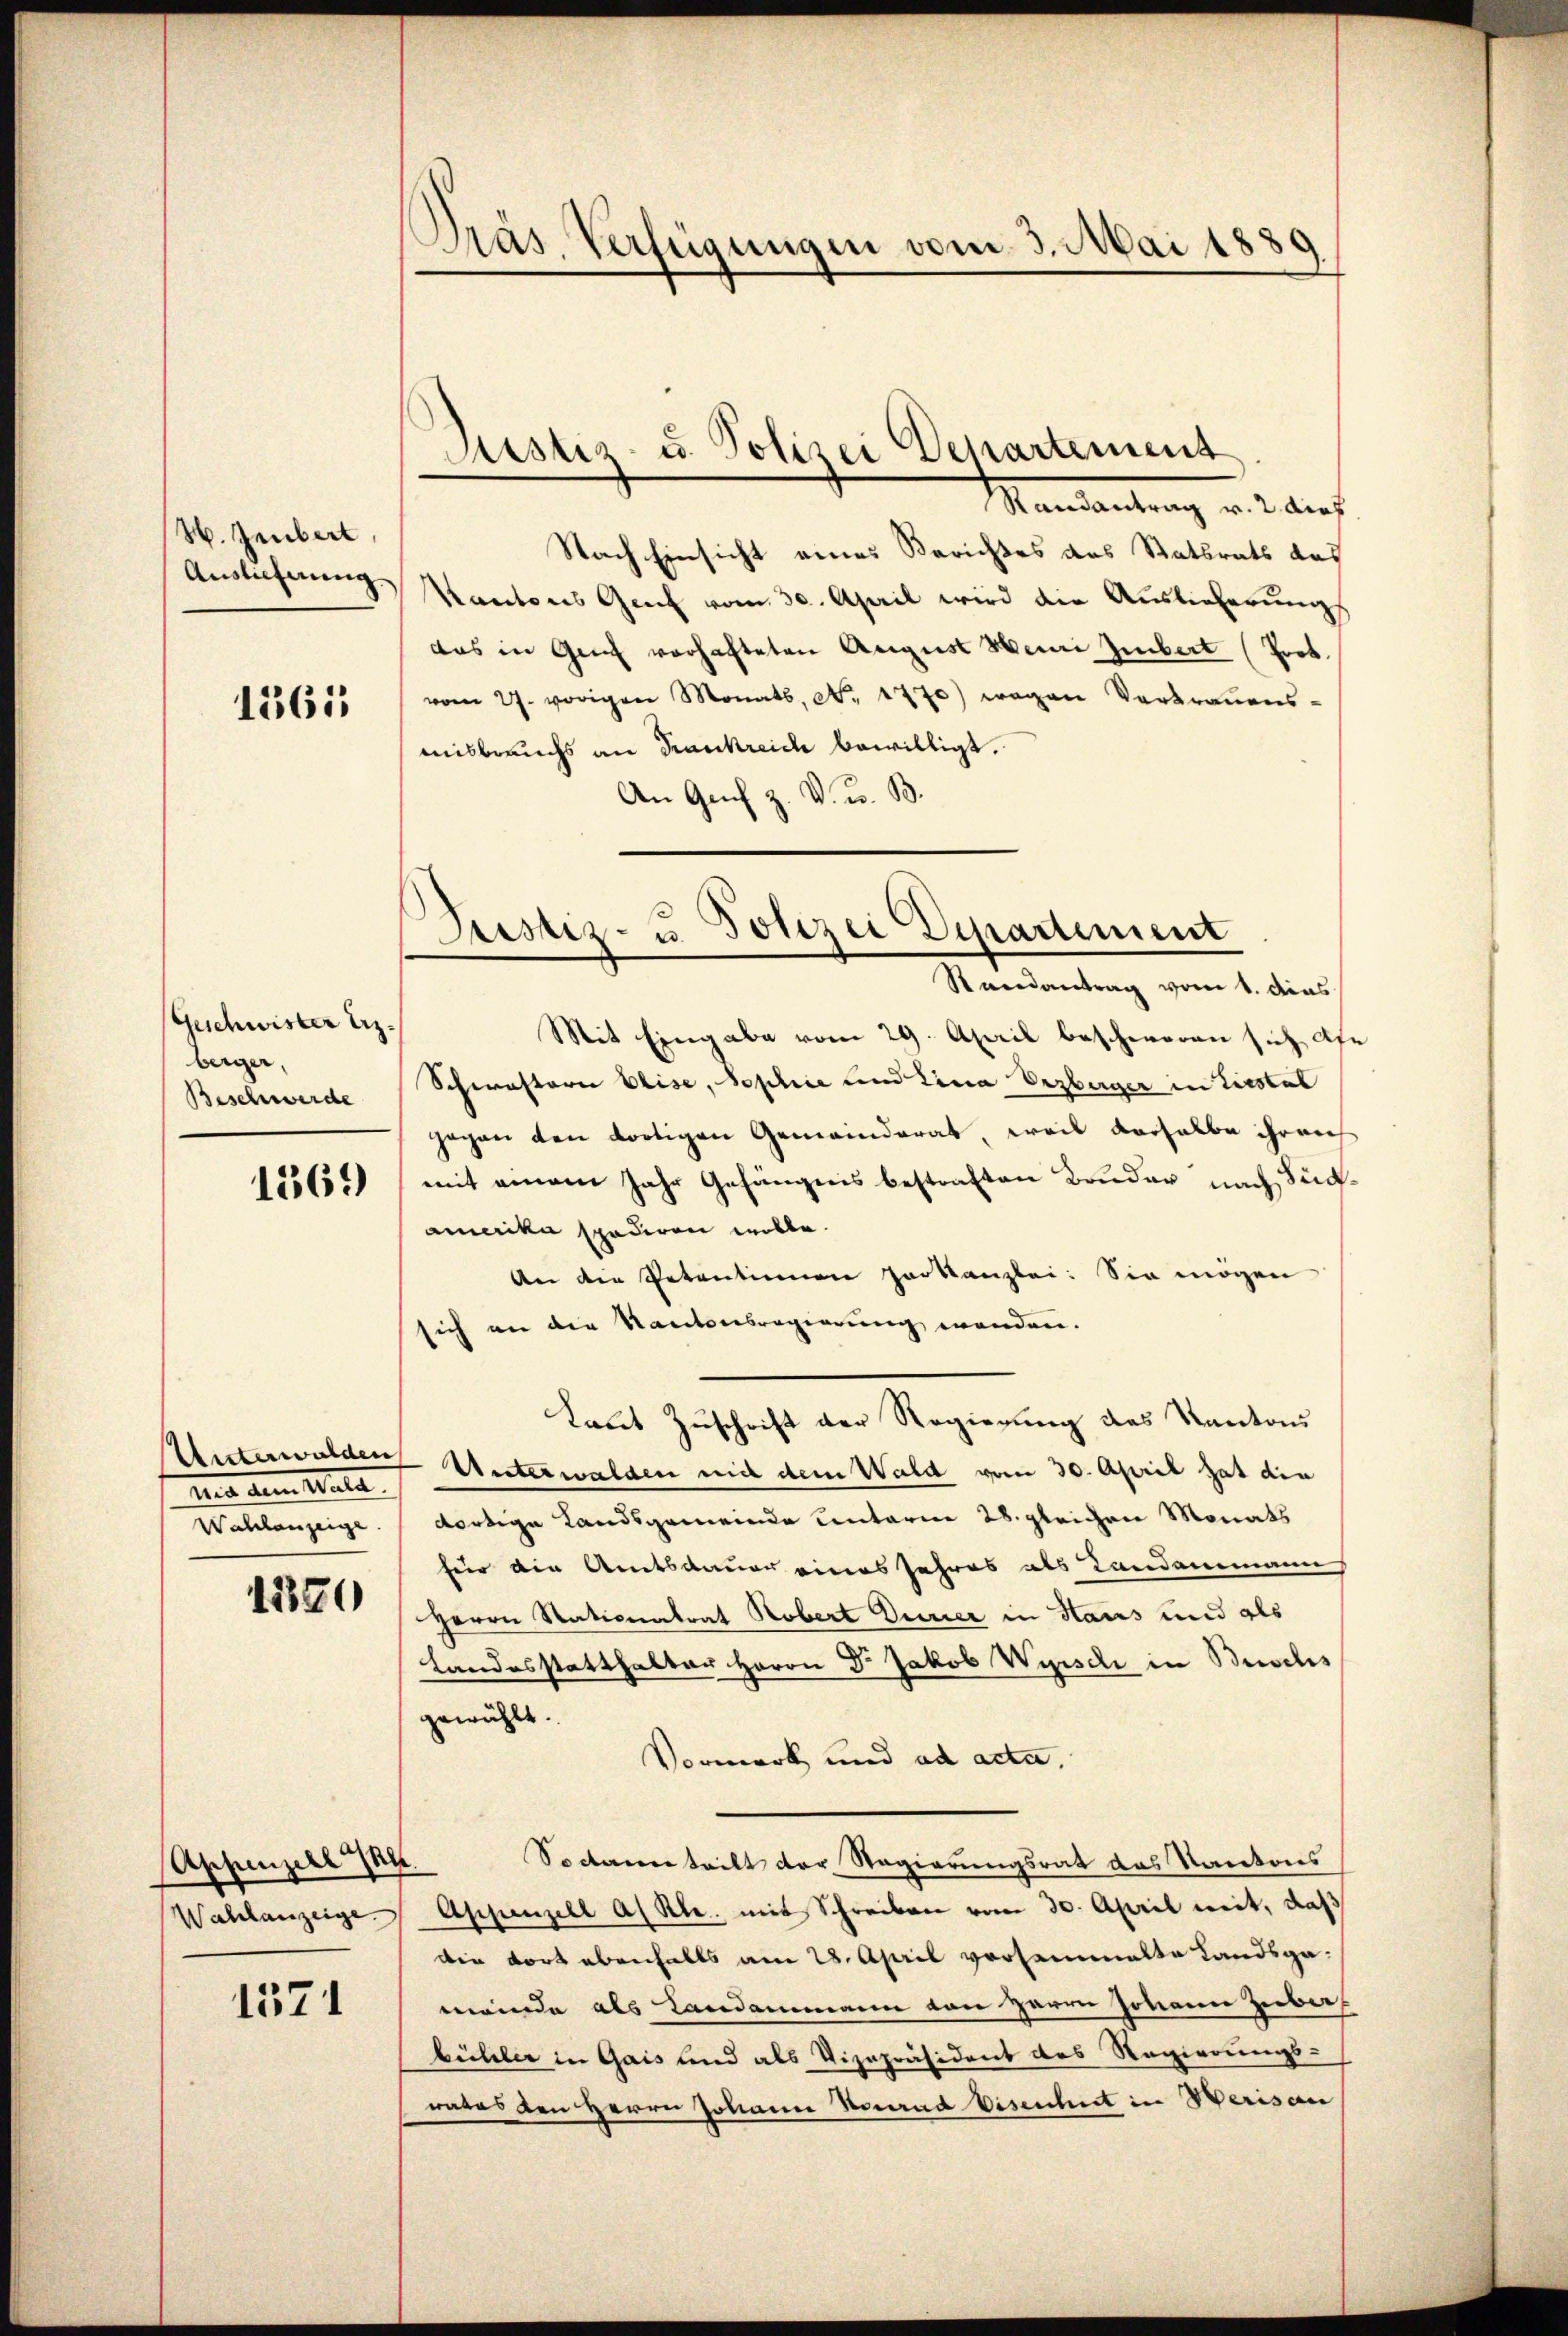
W. Jeubert,
Auslieferung

1361

Geschwister z.
berger,
Beschwerde

1569

und dem Wall
Wahlanzeige

1380

Appenzell 14.
Wahlanzeige.

1571

Pras. Verfügungen vom 3. Mai 1880

Justiz- u. Polizei Departement

Mandantrag u. 2 dies
Nach Einsicht eines Berichtes des Statsrats das
Kantons Genf vom 30. April wird die Auslieferungs
das in Genf vorhafteten August Henri Zubert (Prot.
vom 27. vorigen Monats, No. 1770) wegen Verbraŭens-
misbrauchs an Frankreide bewilligt.
An Genf z. V. u. B.

Justiz- u. Polizei Departement
Randantrag vom 1. das

Mit Eingabe vom 29. April beschweren sich afe
Schwestern Elise, Sophie und Lina Erzberger in Liestal
gegen den dortigen Gemeinderat, weil derselbe ihren
mit einem Jahr Gefängnis bestraften Bruder nach Südamerika spediren wolle.
An die Petentionen Vorkanzlei: Sie mögen
sich an die Kautsersregierung wenden.
kaut Zuschrift der Regierung des Kantons
Unterworen Unterwalden mit dem Wald vom 30. April hat die
dortige Landsgemeinde unterm 28. gleichen Monats
für die Amtsdauer eines Jahres als Landammann
Herrn Nationatrat Robert Dirier in Haus und als
Landesstatthalter Herrn Dr. Jakob Wyisch in Buochs
gewählt.
Vormerk und ad acta.
Soctanen teilt der Regierungsrat das Kantons
Appenzell A. R. mit Schreiben vom 30. April weit, daß
die dort ebenfalls am 28. April versammelte Landspa-
meinde als Landammann von Herrn Johann Herber
büheler in Gais und als Vizepräsident des Regierungs-
rates den Herrn Johann Konrad Eisenheit in Werisau